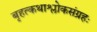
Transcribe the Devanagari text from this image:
बृहत्कथाश्लोकसंग्रहः